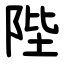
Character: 陛